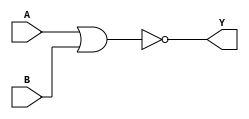
module nor_gate_delay (
    input A,
    input B,
    output Y
);

reg Y_reg;

always @ (A or B) begin
    Y_reg <= ~(A | B); // NOR gate operation
end

assign Y = Y_reg;

endmodule